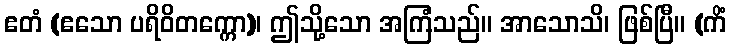
ဧတံ (ဧသော ပရိဝိတက္ကော)၊ ဤသို့သော အကြံသည်။ အာသောသိ၊ ဖြစ်ပြီ။ (ကိံ